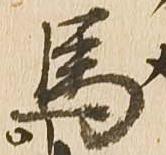
馬